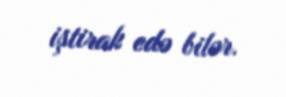
iştirak edə bilər.